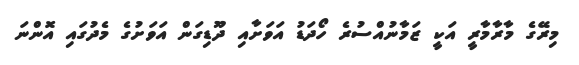
މިރޭގެ މާރާމާރީ އަކީ ޒަމާނުއްސުރެ ހޯދަޑު އަވަށާއި ދޫޑިގަން އަވަށުގެ މެދުގައި އޮންނަ